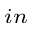
_ { i n }